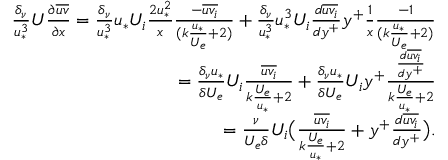
\begin{array} { r } { \frac { \delta _ { \nu } } { u _ { * } ^ { 3 } } U \frac { \partial \overline { { u v } } } { \partial x } = \frac { \delta _ { \nu } } { u _ { * } ^ { 3 } } u _ { * } U _ { i } \frac { 2 u _ { * } ^ { 2 } } { x } \frac { - \overline { { u v _ { i } } } } { ( k \frac { u _ { * } } { U _ { e } } + 2 ) } + \frac { \delta _ { \nu } } { u _ { * } ^ { 3 } } u _ { * } ^ { 3 } U _ { i } \frac { d \overline { { u v _ { i } } } } { d y ^ { + } } y ^ { + } \frac { 1 } { x } \frac { - 1 } { ( k \frac { u _ { * } } { U _ { e } } + 2 ) } } \\ { = \frac { \delta _ { \nu } u _ { * } } { \delta U _ { e } } U _ { i } \frac { \overline { { u v _ { i } } } } { k \frac { U _ { e } } { u _ { * } } + 2 } + \frac { \delta _ { \nu } u _ { * } } { \delta U _ { e } } U _ { i } y ^ { + } \frac { \frac { d \overline { { u v _ { i } } } } { d y ^ { + } } } { k \frac { U _ { e } } { u _ { * } } + 2 } } \\ { = \frac { \nu } { U _ { e } \delta } U _ { i } \big ( \frac { \overline { { u v _ { i } } } } { k \frac { U _ { e } } { u _ { * } } + 2 } + y ^ { + } \frac { d \overline { { u v _ { i } } } } { d y ^ { + } } \big ) . } \end{array}